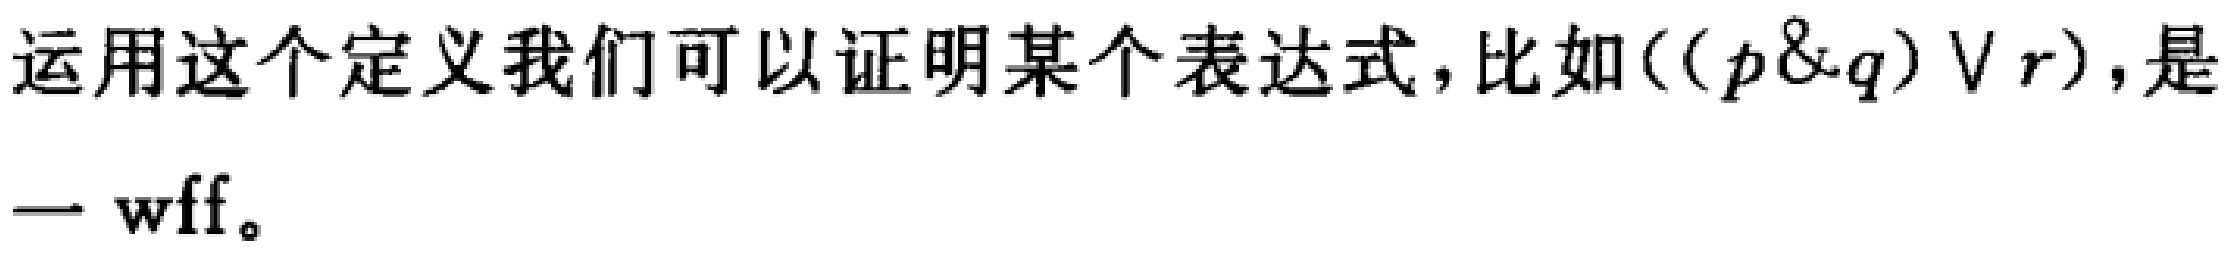
运用这个定义我们可以证明某个表达式, 比如$((p\&q)\vee r)$, 是一 wff。